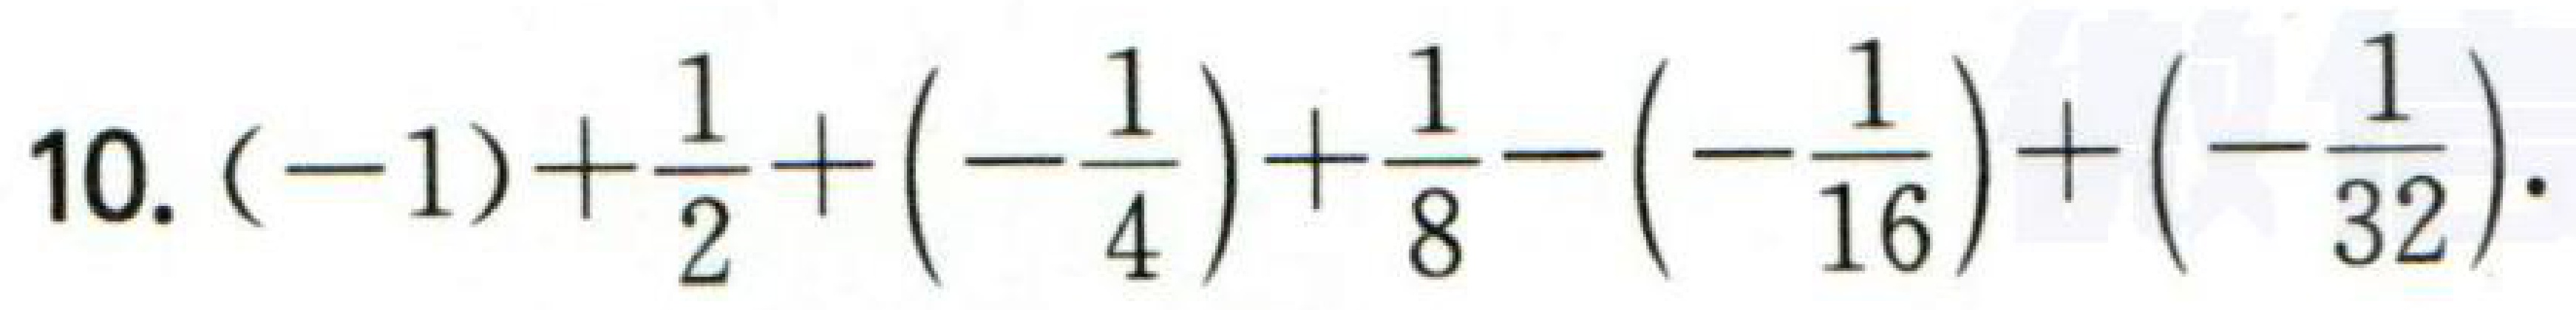
$10.(-1)+\frac{1}{2}+(-\frac{1}{4})+\frac{1}{8}-(-\frac{1}{16})+(-\frac{1}{32}).$